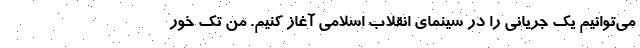
می‌توانیم یک جریانی را در سینمای انقلاب اسلامی آغاز کنیم. من تک خور